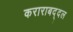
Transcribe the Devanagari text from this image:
कराराबद्दल